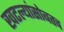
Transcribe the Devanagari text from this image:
खटल्यांसोबतच